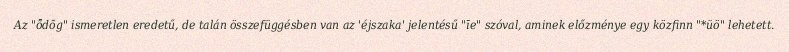
Az "ȭdõg" ismeretlen eredetű, de talán összefüggésben van az 'éjszaka' jelentésű "īe" szóval, aminek előzménye egy közfinn "*üö" lehetett.